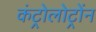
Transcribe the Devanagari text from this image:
कंट्रोलोट्रोंन